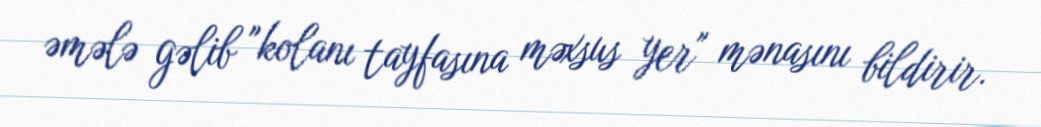
əmələ gəlib "kolanı tayfasına məxsus yer" mənasını bildirir.